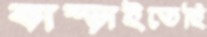
কাম্‌ড়াইতেছি